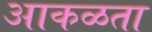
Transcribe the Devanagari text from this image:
आकळता